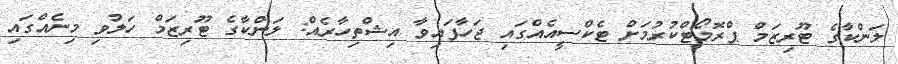
ލަންކާގެ ޓޫރިޒަމް ޕްރޮމޯޓްކުރުމަށް ޓެކްސީއެއްގައި ޖަހާފައިވާ އިޝްތިހާރެއް: ލަންކާގެ ޓޫރިޒަމް ހަލުވި މިނެއްގައި